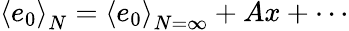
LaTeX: \left<e_{0}\right>_{N}=\left<e_{0}\right>_{N=\infty}+Ax+\cdots